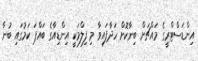
އިންޑަސްޓްރީގެ މައްޗަށް ބިނާކޮށް ހަދާފައިވާ މި ފިލްމަކީ އިންޑިއާގެ ބައްޕަ ކަމުގައި ބުނާ